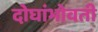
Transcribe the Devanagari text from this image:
दोघांभोवती